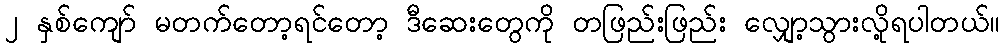
၂ နှစ်ကျော် မတက်တော့ရင်တော့ ဒီဆေးတွေကို တဖြည်းဖြည်း လျှော့သွားလို့ရပါတယ်။